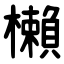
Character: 櫴